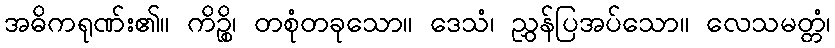
အဓိကရုဏ်း၏။ ကိဉ္စိ၊ တစုံတခုသော။ ဒေသံ၊ ညွှန်ပြအပ်သော။ လေသမတ္တံ၊